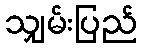
သျှမ်းပြည်